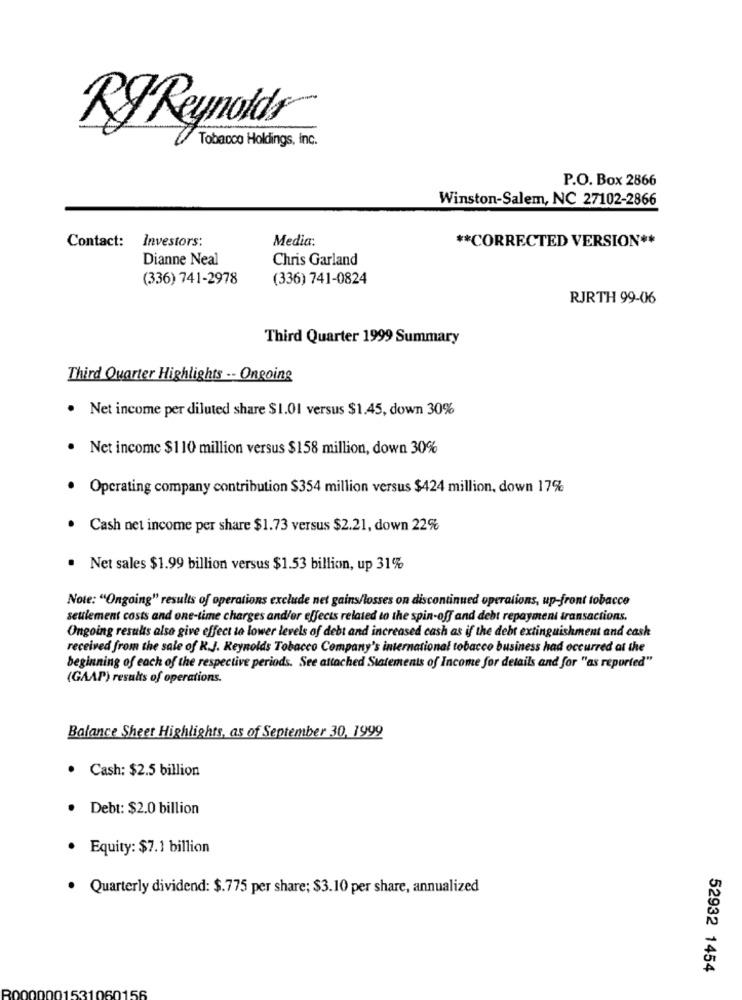
RJ Reynolds
Tobacco Holdings, inc.
P.O. Box 2866
Winston-Salem, NC 27102-2866
Investors:
Media:
** CORRECTED VERSION **
Contact:
Dianne Neal
Chris Garland
(336) 741-2978
(336) 741-0824
RJRTH 99-06
Third Quarter 1999 Summary
Third Quarter Highlights -- Ongoing
. Net income per diluted share $1.01 versus $1.45, down 30%
. Net income $110 million versus $158 million, down 30%
· Operating company contribution $354 million versus $424 million, down 17%
. Cash net income per share $1.73 versus $2.21, down 22%
. Net sales $1.99 billion versus $1.53 billion, up 31%
Note: "Ongoing" results of operations exclude net gains/losses on discontinued operations, up-front tobacco
seulement costs and one-time charges and/or effects related to the spin-off and debt repayment transactions.
Ongoing results also give effect to lower levels of debt and increased cash as if the debt extinguishment and cash
received from the sale of R.J. Reynolds Tobacco Company's international tobacco business had occurred at the
beginning of each of the respective periods. See attached Statements of Income for details and for "as reported"
(GAAP) results of operations.
Balance Sheet Highlights, as of September 30, 1999
. Cash: $2.5 billion
· Debt: $2.0 billion
Equity: $7.1 billion
· Quarterly dividend: $.775 per share; $3.10 per share, annualized
52932 1454